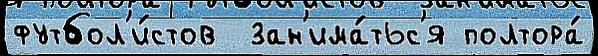
футбол'и́стов  зан'има́тьс'я полтора́